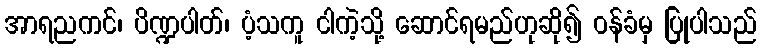
အာရညကင်၊ ပိဏ္ဍပါတ်၊ ပံ့သကူ ငါကဲ့သို့ ဆောင်ရမည်ဟုဆို၍ ဝန်ခံမှ ပြုပါသည်